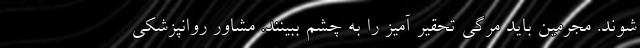
شوند. مجرمین باید مرگی تحقیر آمیز را به چشم ببینند. مشاور روانپزشکی